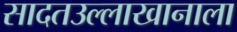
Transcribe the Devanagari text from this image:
सादतउल्लाखानाला